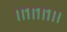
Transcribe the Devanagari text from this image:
।।१।१।१।।